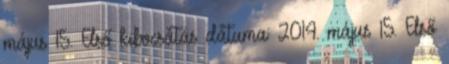
május 15. Első kibocsátás dátuma: 2014. május 15. Első